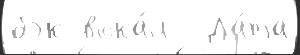
бэк-вока́л   Да́та